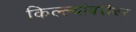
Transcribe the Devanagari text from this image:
किल्ल्यांबरोबर